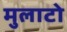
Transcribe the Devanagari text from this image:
मुलाटो